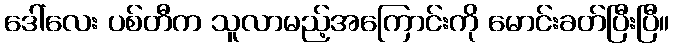
ဒေါ်လေး ပစ်တီက သူလာမည့်အကြောင်းကို မောင်းခတ်ပြီးပြီ။